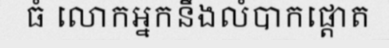
ធំ លោកអ្នកនឹងលំបាកផ្តោត